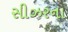
સીઝરના